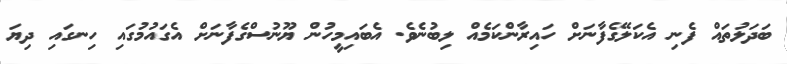
ބަދަލުތައް ފެނި އެކަލޭގެފާނަށް ހައިރާންކަމެއް ލިބުނެވެ. އެބައިމީހުން ޔޫނުސްގެފާނަށް އެގައުމުގައި ހިނގައި ދިޔަ